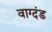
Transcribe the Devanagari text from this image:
वाग्दंड